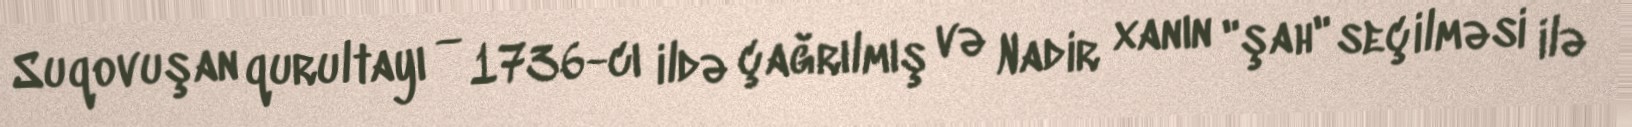
Suqovuşan qurultayı — 1736-cı ildə çağrılmış və Nadir xanın "şah" seçilməsi ilə